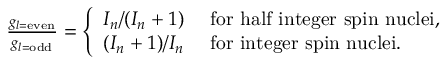
\begin{array} { r } { \frac { g _ { l = \mathrm { e v e n } } } { g _ { l = \mathrm { o d d } } } = \left\{ \begin{array} { l l } { I _ { n } / ( I _ { n } + 1 ) } & { \mathrm { ~ f o r ~ h a l f ~ i n t e g e r ~ s p i n ~ n u c l e i , } } \\ { ( I _ { n } + 1 ) / I _ { n } } & { \mathrm { ~ f o r ~ i n t e g e r ~ s p i n ~ n u c l e i . } } \end{array} \right. } \end{array}